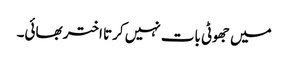
میں جھوٹی بات نہیں کرتا اختر بھائی۔